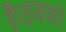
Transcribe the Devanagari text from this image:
है।इसको